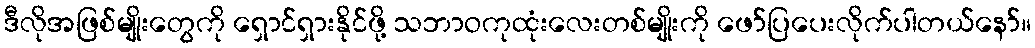
ဒီလိုအဖြစ်မျိုးတွေကို ရှောင်ရှားနိုင်ဖို့ သဘာဝကုထုံးလေးတစ်မျိုးကို ဖော်ပြပေးလိုက်ပါတယ်နော်။